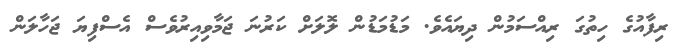
ރިފާއުގެ ހިތުގަ ރިއްސަމުން ދިޔައެވެ. މަޑުމަޑުން ލޮލަށް ކަރުނަ ޖަމާވިއިރުވެސް އެސްފިޔަ ޖަހާލަން